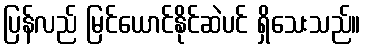
ပြန်လည် မြင်ယောင်နိုင်ဆဲပင် ရှိသေးသည်။